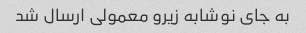
به جای نوشابه زیرو معمولی ارسال شد